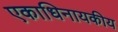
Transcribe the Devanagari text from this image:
एकाधिनायकीय